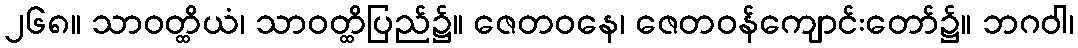
၂၆၈။ သာဝတ္ထိယံ၊ သာဝတ္ထိပြည်၌။ ဇေတဝနေ၊ ဇေတဝန်ကျောင်းတော်၌။ ဘဂဝါ၊